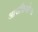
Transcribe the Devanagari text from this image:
आउक्तिओन्स